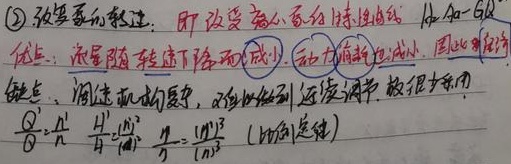
\textcircled{2} 改变泵转速，即改变离心泵的特性曲线。优点：流量随转速下降而减小，动力消耗也减小，因此比较节能。缺点：调速机构复杂，难以做到连续调节，故很少采用。

\(\frac{Q'}{Q}=\frac{n'}{n}\)，\(\frac{H'}{H}=(\frac{n'}{n})^2\)，\(\frac{P'}{P}=(\frac{n'}{n})^3\)（比例定律）